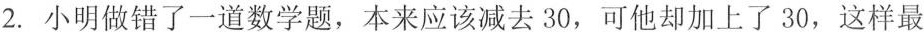
2.小明做错了一道数学题，本来应该减去30，可他却加上了30，这样最